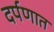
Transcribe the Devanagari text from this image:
दर्पणात